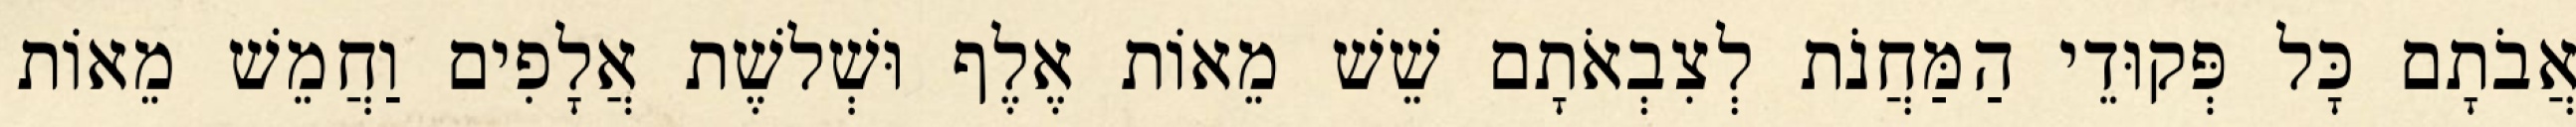
אֲבֹתָם כָּל פְּקוּדֵי הַמַּחֲנֹת לְצִבְאֹתָם שֵׁשׁ מֵאוֹת אֶלֶף וּשְׁלשֶׁת אֲלָפִים וַחֲמֵשׁ מֵאוֹת